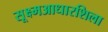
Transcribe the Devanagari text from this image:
सूक्ष्मआधारशिला